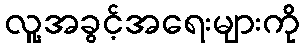
လူ့အခွင့်အရေးများကို